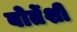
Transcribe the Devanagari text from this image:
बोर्तेशी